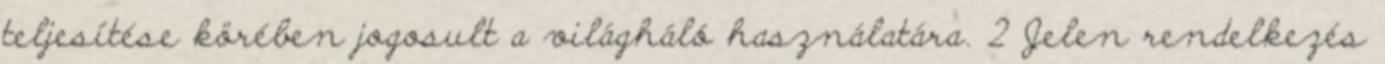
teljesítése körében jogosult a világháló használatára. 2 Jelen rendelkezés